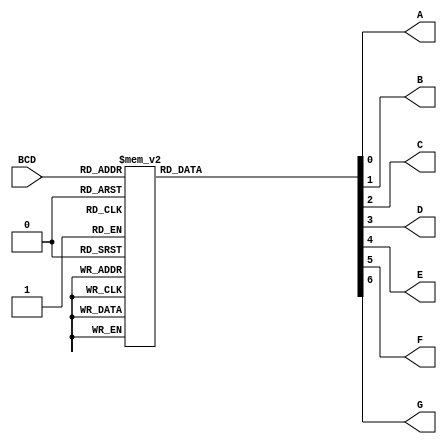
/******************************************************************************
 ** Logisim-evolution goes FPGA automatic generated Verilog code             **
 ** https://github.com/logisim-evolution/                                    **
 **                                                                          **
 ** Component : bcd_to_seg                                                   **
 **                                                                          **
 *****************************************************************************/

module bcd_to_seg( A,
                   B,
                   BCD,
                   C,
                   D,
                   E,
                   F,
                   G );

   /*******************************************************************************
   ** The inputs are defined here                                                **
   *******************************************************************************/
   input [3:0] BCD;

   /*******************************************************************************
   ** The outputs are defined here                                               **
   *******************************************************************************/
   output A;
   output B;
   output C;
   output D;
   output E;
   output F;
   output G;

   /*******************************************************************************
   ** The wires are defined here                                                 **
   *******************************************************************************/
   wire [6:0] s_logisimBus3;
   wire [3:0] s_logisimBus7;
   wire       s_logisimNet0;
   wire       s_logisimNet1;
   wire       s_logisimNet2;
   wire       s_logisimNet4;
   wire       s_logisimNet5;
   wire       s_logisimNet6;
   wire       s_logisimNet8;

   /*******************************************************************************
   ** The module functionality is described here                                 **
   *******************************************************************************/

   /*******************************************************************************
   ** Here all input connections are defined                                     **
   *******************************************************************************/
   assign s_logisimBus7[3:0] = BCD;

   /*******************************************************************************
   ** Here all output connections are defined                                    **
   *******************************************************************************/
   assign A = s_logisimBus3[0];
   assign B = s_logisimBus3[1];
   assign C = s_logisimBus3[2];
   assign D = s_logisimBus3[3];
   assign E = s_logisimBus3[4];
   assign F = s_logisimBus3[5];
   assign G = s_logisimBus3[6];

   /*******************************************************************************
   ** Here all in-lined components are defined                                   **
   *******************************************************************************/

   // ROM: ROM_1
   reg[6:0] s_ROM_1_reg;
      always @(*)
      begin
         case (s_logisimBus7)
         4'h0 : s_ROM_1_reg = {3'b011, 4'hF};
         4'h1 : s_ROM_1_reg = {3'b000, 4'h6};
         4'h2 : s_ROM_1_reg = {3'b101, 4'hB};
         4'h3 : s_ROM_1_reg = {3'b100, 4'hF};
         4'h4 : s_ROM_1_reg = {3'b110, 4'h6};
         4'h5 : s_ROM_1_reg = {3'b110, 4'hD};
         4'h6 : s_ROM_1_reg = {3'b111, 4'hD};
         4'h7 : s_ROM_1_reg = {3'b000, 4'h7};
         4'h8 : s_ROM_1_reg = {3'b111, 4'hF};
         4'h9 : s_ROM_1_reg = {3'b110, 4'hF};
         default : s_ROM_1_reg = {3'b000, 4'h0};
      endcase
   end

   assign s_logisimBus3 = s_ROM_1_reg;

endmodule